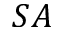
S A